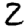
Digit: 2